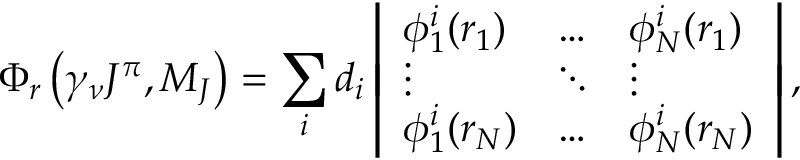
\Phi _ { r } \left( \gamma _ { \nu } J ^ { \pi } , M _ { J } \right) = \sum _ { i } d _ { i } \left| \begin{array} { l l l } { \phi _ { 1 } ^ { i } ( r _ { 1 } ) } & { \dots } & { \phi _ { N } ^ { i } ( r _ { 1 } ) } \\ { \vdots } & { \ddots } & { \vdots } \\ { \phi _ { 1 } ^ { i } ( r _ { N } ) } & { \dots } & { \phi _ { N } ^ { i } ( r _ { N } ) } \end{array} \right| ,